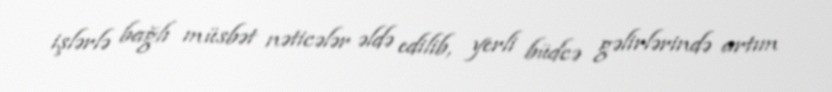
işlərlə bağlı müsbət nəticələr əldə edilib, yerli büdcə gəlirlərində artım